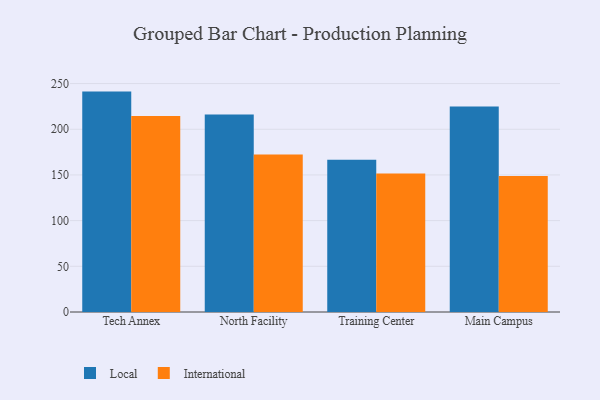
{"axis": {"x": "Campus", "y": "Bounce Rate (%)"}, "legend": ["International", "Local"], "data": [{"x": "Tech Annex", "y": 241.2, "type": "Local"}, {"x": "Tech Annex", "y": 214.5, "type": "International"}, {"x": "North Facility", "y": 216.2, "type": "Local"}, {"x": "North Facility", "y": 172.5, "type": "International"}, {"x": "Training Center", "y": 166.6, "type": "Local"}, {"x": "Training Center", "y": 151.6, "type": "International"}, {"x": "Main Campus", "y": 225.0, "type": "Local"}, {"x": "Main Campus", "y": 148.9, "type": "International"}]}